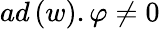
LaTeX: ad\left(w\right).\varphi\neq 0